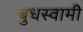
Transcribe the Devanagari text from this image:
बुधस्वामी